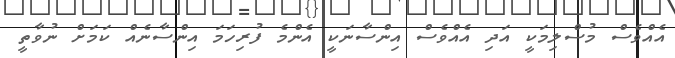
އެއްވެސް މުސްލިމަކީ އަދި އެއްވެސް އިންސާނަކީ އެންމެ ފުރިހަމަ އިންސާނެއް ކަމަަށް ނުވާތީ